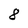
Character: 8